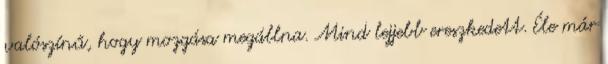
valószínű, hogy mozgása megállna. Mind lejjebb ereszkedett. Éle már